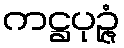
ကဋ္ဌပုဉ္ဇံ